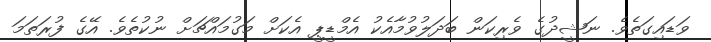
ވަޑައިގަތެވެ. ނަޝީދުގެ ވެރިކަން ބަދަލުވުމާއެކު އެމްޑީޕީ އެކަށް މަގުމައްޗަށް ނުކުތެވެ. އޭގެ ފުރަތަމަ